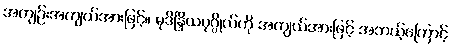
အကျဉ်းအကျယ်အားဖြင့်။ မုဒိန္ဒြိယပုဂ္ဂိုလ်ကို အကျယ်အားဖြင့် အဘယ့်ကြောင့်